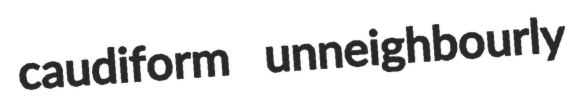
caudiform unneighbourly